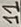
Text: 11